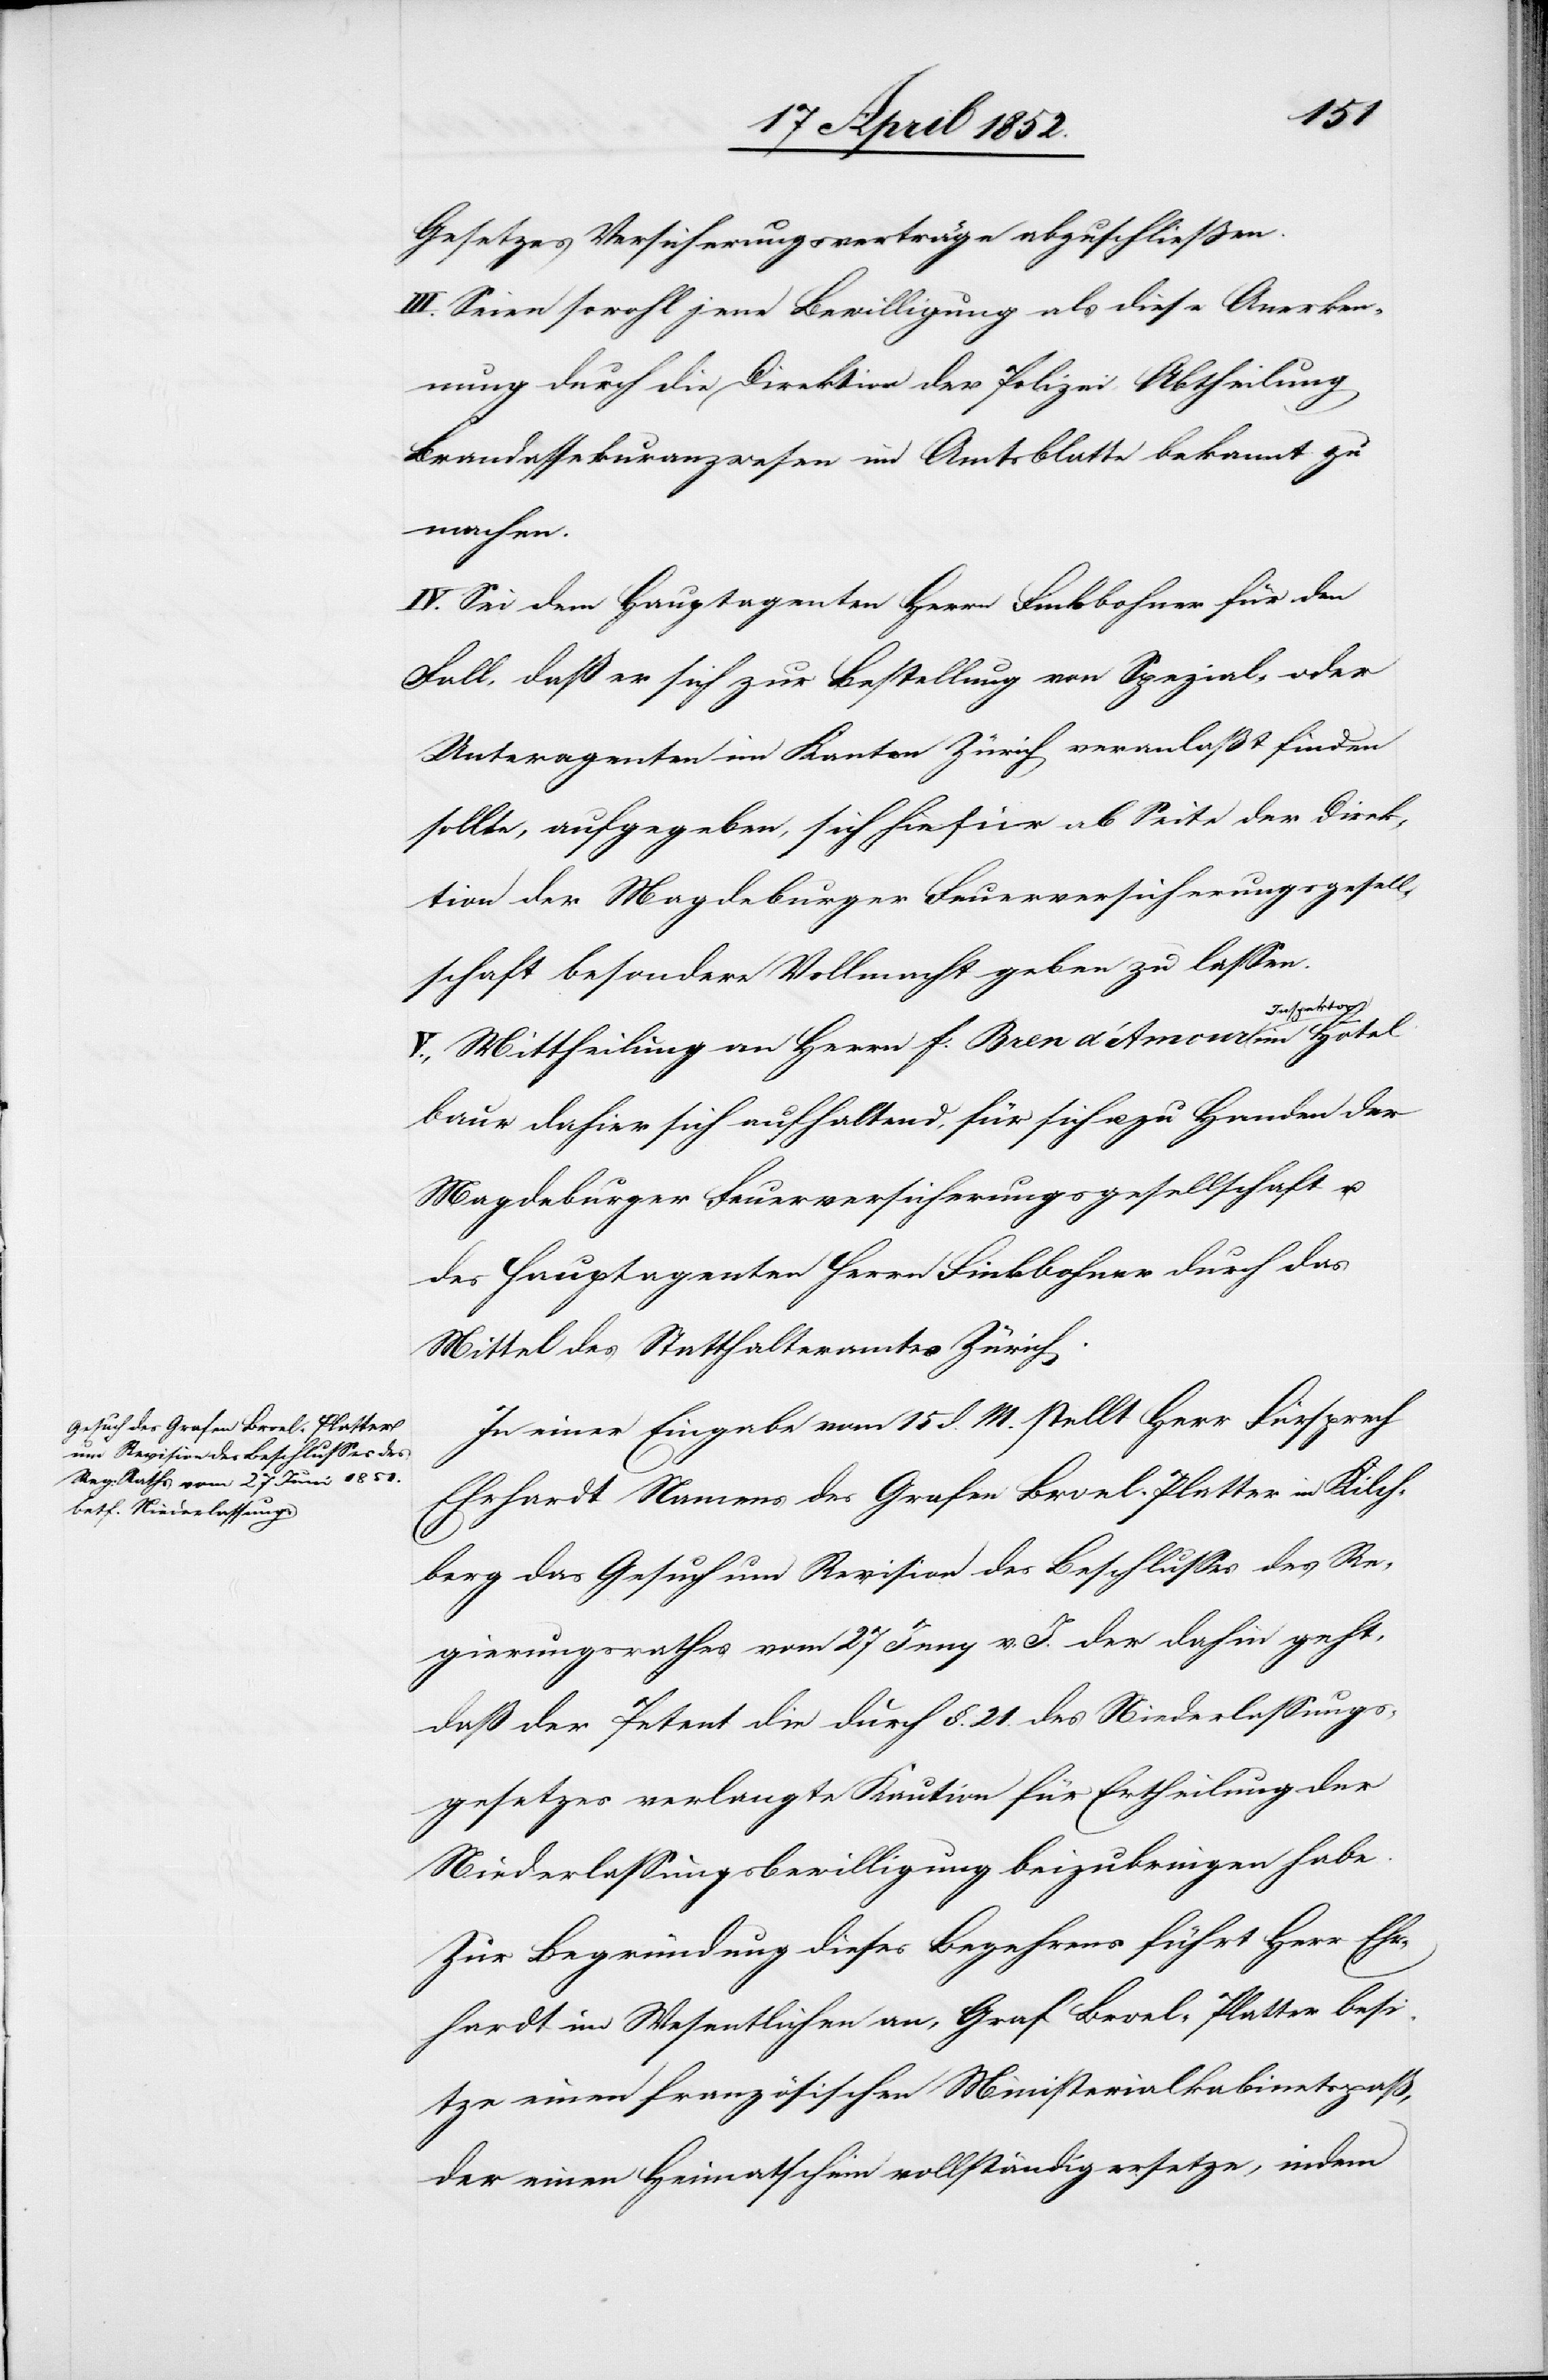
Gesetzes Versicherungsverträge abzuschliessen.
III. Seien sowohl jene Bewilligung als diese Anerken¬
nung durch die Direktion der Polizei, Abtheilung
Brandassekuranzwesen im Amtsblatte bekannt zu
machen.
IV. Sei dem Hauptagenten Herrn Finkbohner für den
Fall, daß er sich zur Bestellung von Spezial- oder
Unteragenten im Kanton Zürich veranlaßt finden
sollte, aufgegeben, sich hiefür ab Seite der Direk¬
tion der Magdeburger Feuerversicherungsgesell¬
schaft besondere Vollmacht geben zu lassen.
V., Mittheilung an Herrn F. Bren d’Amour Inspektor
Baur dahier sich aufhaltend, für sich u. zu Handen der
Magdeburger Feuerversicherungsgesellschaft u.
des Hauptagenten Herrn Finkbohner durch das
Mittel des Statthalteramtes Zürich.
In einer Eingabe vom 15 d. M. stellt Herr Fürsprech
Ehrhardt Namens des Grafen Broel-Platter in Kilch¬
berg das Gesuch um Revision des Beschlusses des Re¬
gierungsrathes vom 27 Juny v. J. der dahin geht,
daß der Petent die durch §. 21. des Niederlassungs¬
gesetzes verlangte Kaution für Ertheilung der
Niederlassungsbewilligung beizubringen habe.
Zur Begründung dieses Begehrens führt Herr Ehr¬
hardt im Wesentlichen an, Graf Broel-Platter besi¬
tze einen französischen Ministerialkabinetspaß,
der einen Heimatschein vollständig ersetze, indem